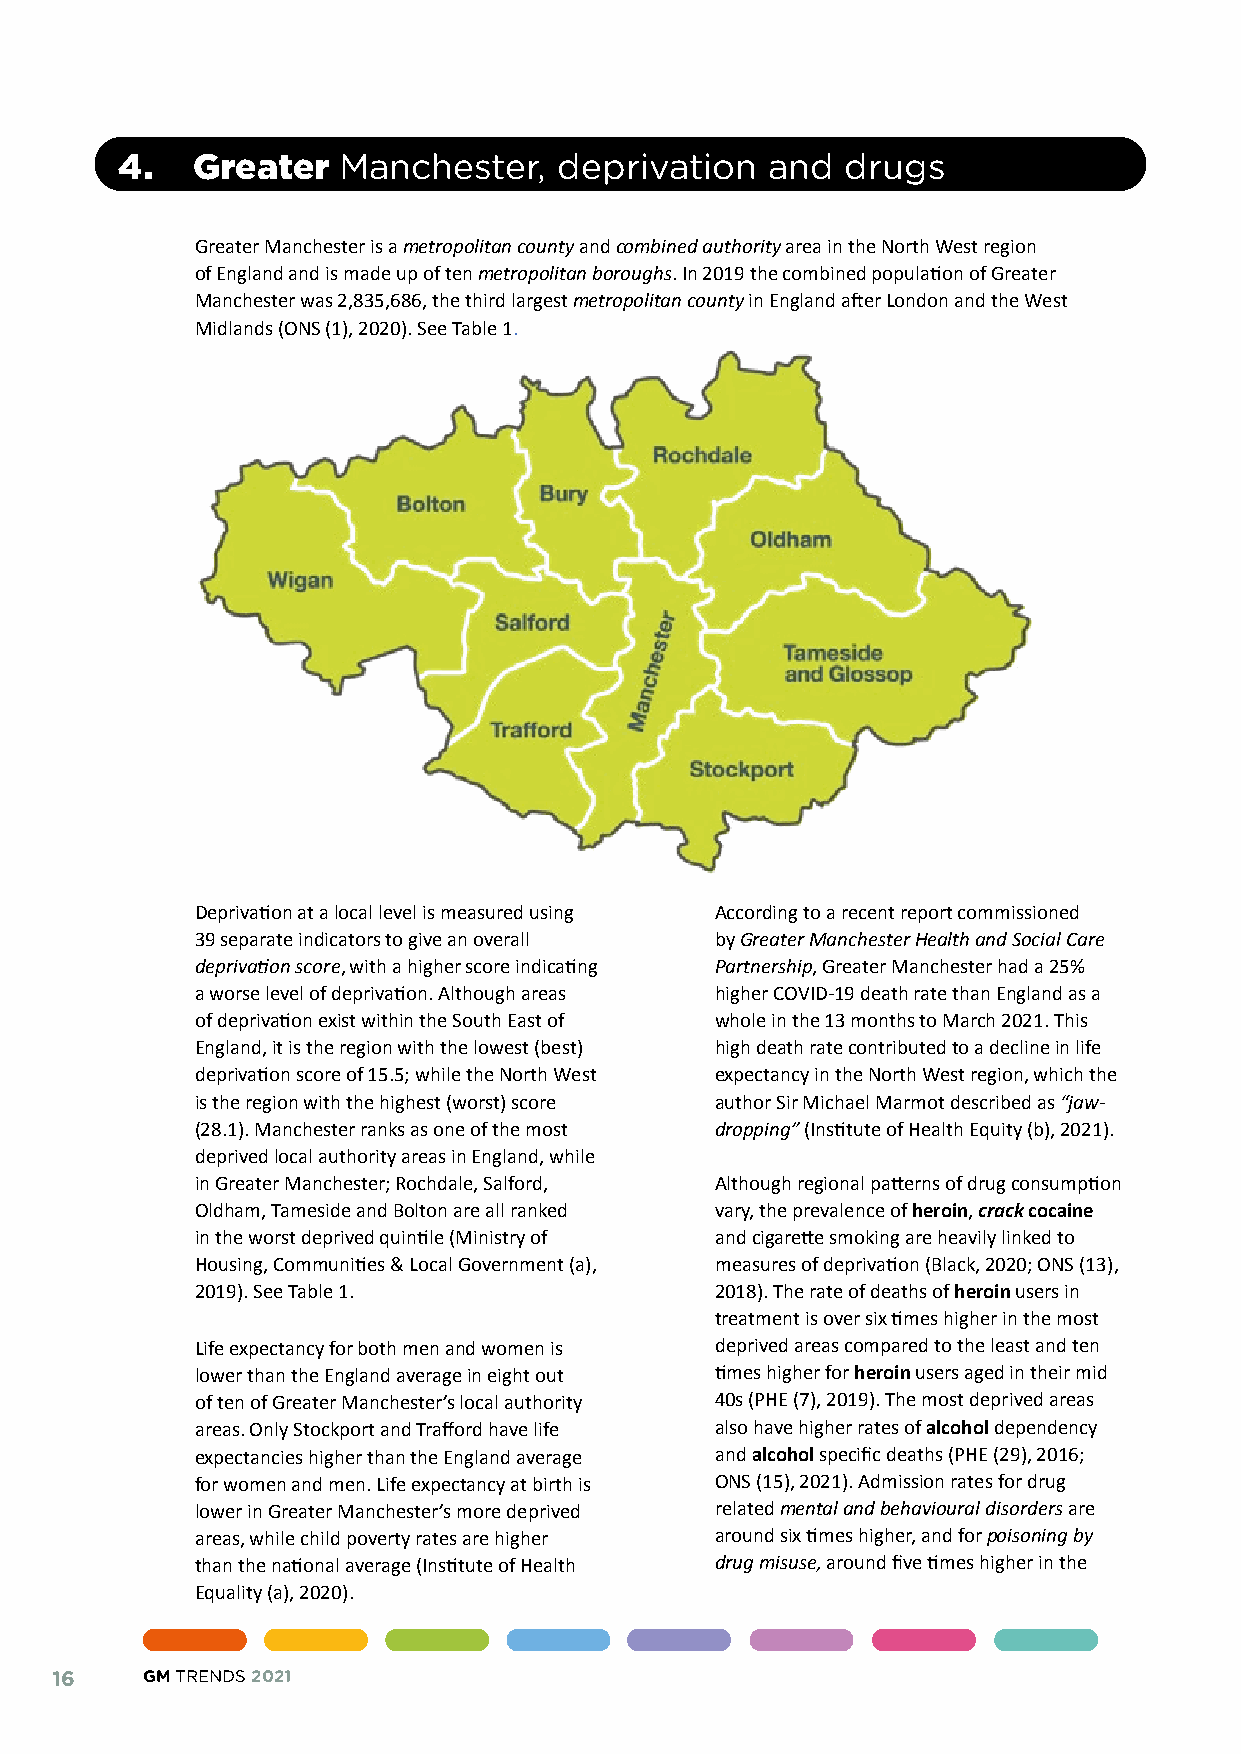
4.   Greater  Manchester,    deprivation   and  drugs
 Greater Manchester is a metropolitan county and combined authority area in the North West region
 of England and is made up of ten metropolitan boroughs. In 2019 the combined population of Greater
 Manchester was 2,835,686, the third largest metropolitan county in England after London and the West
 Midlands (ONS (1), 2020). See Table 1.
 Deprivation at a local level is measured using According to a recent report commissioned
 39 separate indicators to give an overall by Greater Manchester Health and Social Care
 deprivation score, with a higher score indicating Partnership, Greater Manchester had a 25%
 a worse level of deprivation. Although areas higher COVID-19 death rate than England as a
 of deprivation exist within the South East of whole in the 13 months to March 2021. This
 England, it is the region with the lowest (best) high death rate contributed to a decline in life
 deprivation score of 15.5; while the North West expectancy in the North West region, which the
 is the region with the highest (worst) score author Sir Michael Marmot described as “jaw-
 (28.1). Manchester ranks as one of the most dropping” (Institute of Health Equity (b), 2021).
 deprived local authority areas in England, while
 in Greater Manchester; Rochdale, Salford, Although regional patterns of drug consumption
 Oldham, Tameside and Bolton are all ranked vary, the prevalence of heroin, crack cocaine
 in the worst deprived quintile (Ministry of and cigarette smoking are heavily linked to
 Housing, Communities & Local Government (a), measures of deprivation (Black, 2020; ONS (13),
 2019). See Table 1.               2018). The rate of deaths of heroin users in
 treatment is over six times higher in the most
 Life expectancy for both men and women is deprived areas compared to the least and ten
 lower than the England average in eight out times higher for heroin users aged in their mid
 of ten of Greater Manchester’s local authority 40s (PHE (7), 2019). The most deprived areas
 areas. Only Stockport and Trafford have life also have higher rates of alcohol dependency
 expectancies higher than the England average and alcohol specific deaths (PHE (29), 2016;
 for women and men. Life expectancy at birth is ONS (15), 2021). Admission rates for drug
 lower in Greater Manchester’s more deprived related mental and behavioural disorders are
 areas, while child poverty rates are higher around six times higher, and for poisoning by
 than the national average (Institute of Health drug misuse, around five times higher in the
 Equality (a), 2020).
 16    GM TRENDS 2021